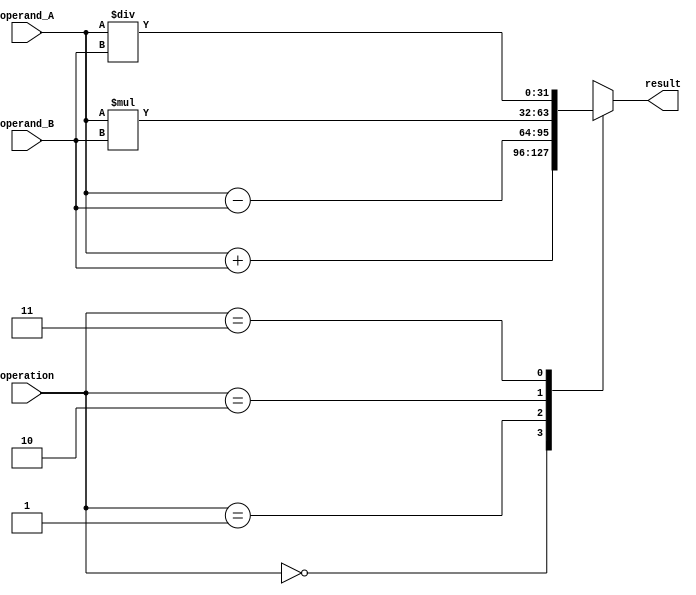
module FixedPointFloatingPointUnit (
    input [31:0] operand_A,
    input [31:0] operand_B,
    input [1:0] operation, // 00: addition, 01: subtraction, 10: multiplication, 11: division
    output [31:0] result
);

reg [31:0] result_reg;

always @(*)
begin
    case(operation)
        2'b00: result_reg = operand_A + operand_B;
        2'b01: result_reg = operand_A - operand_B;
        2'b10: result_reg = operand_A * operand_B;
        2'b11: result_reg = operand_A / operand_B;
    endcase
end

assign result = result_reg;

endmodule